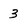
Character: 3